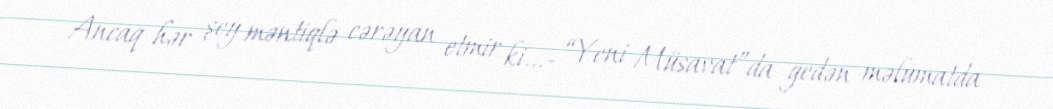
Ancaq hər şey məntiqlə cərəyan etmir ki...- “Yeni Müsavat”da gedən məlumatda